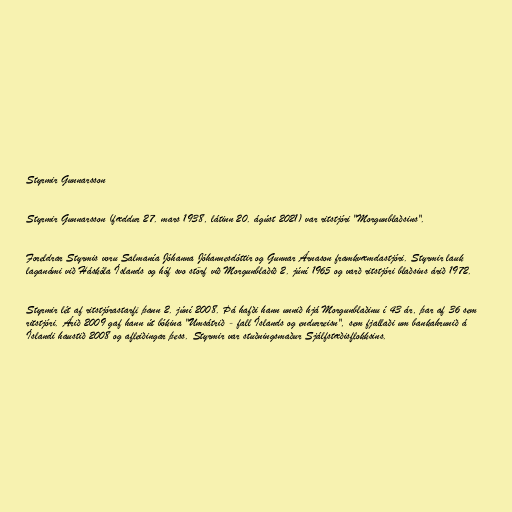
Styrmir Gunnarsson

Styrmir Gunnarsson (fæddur 27. mars 1938, látinn 20. ágúst 2021) var ritstjóri "Morgunblaðsins".

Foreldrar Styrmis voru Salmanía Jóhanna Jóhannesdóttir og Gunnar Árnason framkvæmdastjóri. Styrmir lauk
laganámi við Háskóla Íslands og hóf svo störf við Morgunblaðið 2. júní 1965 og varð ritstjóri blaðsins árið 1972.

Styrmir lét af ritstjórastarfi þann 2. júní 2008. Þá hafði hann unnið hjá Morgunblaðinu í 43 ár, þar af 36 sem
ritstjóri. Árið 2009 gaf hann út bókina "Umsátrið - fall Íslands og endurreisn", sem fjallaði um bankahrunið á
Íslandi haustið 2008 og afleiðingar þess. Styrmir var stuðningsmaður Sjálfstæðisflokksins.